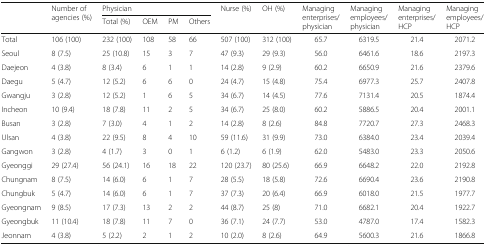
<table><thead><tr><td rowspan="2">[EMPTY_CELL]</td><td rowspan="2"><b>Number of agencies (%)</b></td><td colspan="4"><b>Physician</b></td><td rowspan="2"><b>Nurse (%)</b></td><td rowspan="2"><b>OH (%)</b></td><td rowspan="2"><b>Managing enterprises/physician</b></td><td rowspan="2"><b>Managing employees/physician</b></td><td rowspan="2"><b>Managing enterprises/HCP</b></td><td rowspan="2"><b>Managing employees/HCP</b></td></tr><tr><td><b>Total (%)</b></td><td><b>OEM</b></td><td><b>PM</b></td><td><b>Others</b></td></tr></thead><tbody><tr><td>Total</td><td>106 (100)</td><td>232 (100)</td><td>108</td><td>58</td><td>66</td><td>507 (100)</td><td>312 (100)</td><td>65.7</td><td>6319.5</td><td>21.4</td><td>2071.2</td></tr><tr><td>Seoul</td><td>8 (7.5)</td><td>25 (10.8)</td><td>15</td><td>3</td><td>7</td><td>47 (9.3)</td><td>29 (9.3)</td><td>56.0</td><td>6461.6</td><td>18.6</td><td>2197.3</td></tr><tr><td>Daejeon</td><td>4 (3.8)</td><td>8 (3.4)</td><td>6</td><td>1</td><td>1</td><td>14 (2.8)</td><td>9 (2.9)</td><td>60.2</td><td>6650.9</td><td>21.6</td><td>2379.6</td></tr><tr><td>Daegu</td><td>5 (4.7)</td><td>12 (5.2)</td><td>6</td><td>6</td><td>0</td><td>24 (4.7)</td><td>15 (4.8)</td><td>75.4</td><td>6977.3</td><td>25.7</td><td>2407.8</td></tr><tr><td>Gwangju</td><td>3 (2.8)</td><td>12 (5.2)</td><td>1</td><td>6</td><td>5</td><td>34 (6.7)</td><td>14 (4.5)</td><td>77.6</td><td>7131.4</td><td>20.5</td><td>1874.4</td></tr><tr><td>Incheon</td><td>10 (9.4)</td><td>18 (7.8)</td><td>11</td><td>2</td><td>5</td><td>34 (6.7)</td><td>25 (8.0)</td><td>60.2</td><td>5886.5</td><td>20.4</td><td>2001.1</td></tr><tr><td>Busan</td><td>3 (2.8)</td><td>7 (3.0)</td><td>4</td><td>1</td><td>2</td><td>14 (2.8)</td><td>8 (2.6)</td><td>84.8</td><td>7720.7</td><td>27.3</td><td>2468.3</td></tr><tr><td>Ulsan</td><td>4 (3.8)</td><td>22 (9.5)</td><td>8</td><td>4</td><td>10</td><td>59 (11.6)</td><td>31 (9.9)</td><td>73.0</td><td>6384.0</td><td>23.4</td><td>2039.4</td></tr><tr><td>Gangwon</td><td>3 (2.8)</td><td>4 (1.7)</td><td>3</td><td>0</td><td>1</td><td>6 (1.2)</td><td>6 (1.9)</td><td>62.0</td><td>5483.0</td><td>23.3</td><td>2050.6</td></tr><tr><td>Gyeonggi</td><td>29 (27.4)</td><td>56 (24.1)</td><td>16</td><td>18</td><td>22</td><td>120 (23.7)</td><td>80 (25.6)</td><td>66.9</td><td>6648.2</td><td>22.0</td><td>2192.8</td></tr><tr><td>Chungnam</td><td>8 (7.5)</td><td>14 (6.0)</td><td>6</td><td>1</td><td>7</td><td>28 (5.5)</td><td>18 (5.8)</td><td>72.6</td><td>6690.4</td><td>23.6</td><td>2190.8</td></tr><tr><td>Chungbuk</td><td>5 (4.7)</td><td>14 (6.0)</td><td>6</td><td>1</td><td>7</td><td>37 (7.3)</td><td>20 (6.4)</td><td>66.9</td><td>6018.0</td><td>21.5</td><td>1977.7</td></tr><tr><td>Gyeongnam</td><td>9 (8.5)</td><td>17 (7.3)</td><td>13</td><td>2</td><td>2</td><td>44 (8.7)</td><td>25 (8)</td><td>71.0</td><td>6682.1</td><td>20.4</td><td>1922.7</td></tr><tr><td>Gyeongbuk</td><td>11 (10.4)</td><td>18 (7.8)</td><td>11</td><td>7</td><td>0</td><td>36 (7.1)</td><td>24 (7.7)</td><td>53.0</td><td>4787.0</td><td>17.4</td><td>1582.3</td></tr><tr><td>Jeonnam</td><td>4 (3.8)</td><td>5 (2.2)</td><td>2</td><td>1</td><td>2</td><td>10 (2.0)</td><td>8 (2.6)</td><td>64.9</td><td>5600.3</td><td>21.6</td><td>1866.8</td></tr></tbody></table>